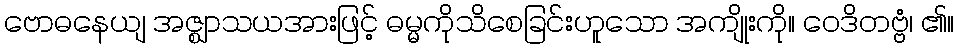
ဗောဓနေယျ အဇ္ဈာသယအားဖြင့် ဓမ္မကိုသိစေခြင်းဟူသော အကျိုးကို။ ဝေဒိတဗ္ဗံ၊ ၏။